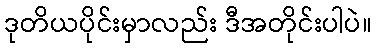
ဒုတိယပိုင်းမှာလည်း ဒီအတိုင်းပါပဲ။